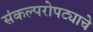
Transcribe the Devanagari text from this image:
संकल्परोपट्याचे